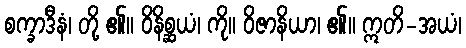
စက္ခာဒီနံ၊ တို့ ၏။ ဝိနိစ္ဆယံ၊ ကို။ ဝိဇာနိယာ၊ ၏။ ဣတိ-အယံ၊